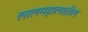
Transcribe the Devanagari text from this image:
लालमहालातील